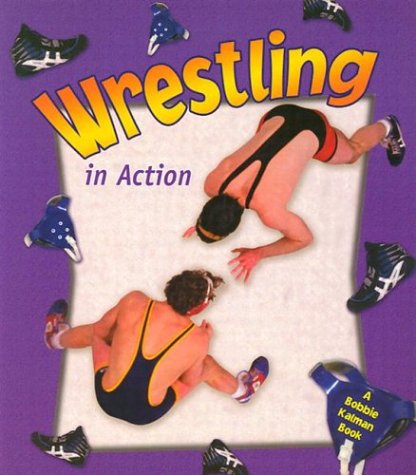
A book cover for Wrestling in Action (Sports in Action); John Crossingham; Children's Books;